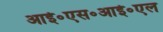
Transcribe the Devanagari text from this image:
आई॰एस॰आई॰एल